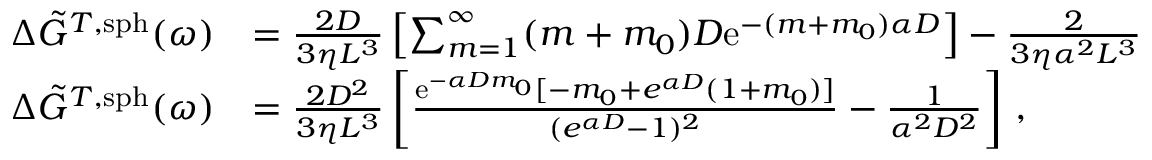
\begin{array} { r l } { \Delta \Tilde { G } ^ { T , \mathrm { s p h } } ( \omega ) } & { = \frac { 2 D } { 3 \eta L ^ { 3 } } \left[ \sum _ { m = 1 } ^ { \infty } ( m + m _ { 0 } ) D \mathrm { e } ^ { - ( m + m _ { 0 } ) \alpha D } \right] - \frac { 2 } { 3 \eta \alpha ^ { 2 } L ^ { 3 } } } \\ { \Delta \Tilde { G } ^ { T , \mathrm { s p h } } ( \omega ) } & { = \frac { 2 D ^ { 2 } } { 3 \eta L ^ { 3 } } \left[ \frac { \mathrm { e } ^ { - \alpha D m _ { 0 } } [ - m _ { 0 } + e ^ { \alpha D } ( 1 + m _ { 0 } ) ] } { ( { e } ^ { \alpha D } - 1 ) ^ { 2 } } - \frac { 1 } { \alpha ^ { 2 } D ^ { 2 } } \right] \, , } \end{array}